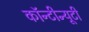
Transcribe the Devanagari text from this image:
कॉन्टीन्यूटी